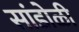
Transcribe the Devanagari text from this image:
सांडोळी